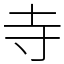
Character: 寺